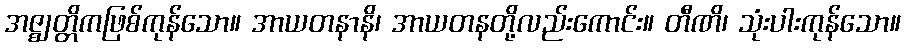
အဇ္ဈတ္တိကဖြစ်ကုန်သော။ အာယတနာနိ၊ အာယတနတို့လည်းကောင်း။ တီဏိ၊ သုံးပါးကုန်သော။